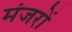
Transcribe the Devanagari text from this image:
मंजरों